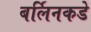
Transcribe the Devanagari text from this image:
बर्लिनकडे